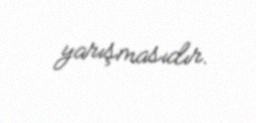
yarışmasıdır.